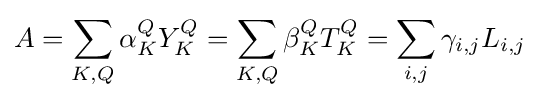
A=\sum _{K,Q}\alpha _{K}^{Q}Y_{K}^{Q}=\sum _{K,Q}\beta _{K}^{Q}T_{K}^{Q}=\sum _{i,j}\gamma _{i,j}L_{i,j}